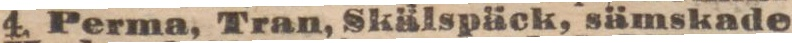
4. Perma, Tran, Skälspäck, sämskade